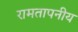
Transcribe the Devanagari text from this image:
रामतापनीय